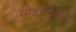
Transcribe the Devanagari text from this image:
मोडाफिनिल